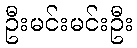
ဦးမင်းမင်းဦး